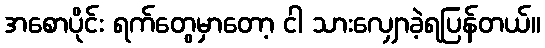
အစောပိုင်း ရက်တွေမှာတော့ ငါ သားလျှောခဲ့ရပြန်တယ်။